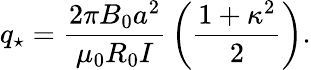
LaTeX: q_{\star}={\frac{2\pi B_{0}a^{2}}{\mu_{0}R_{0}I}}\left({\frac{1+\kappa^{2}}{2}}\right).